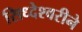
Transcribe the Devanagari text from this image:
सिध्देश्वरीने